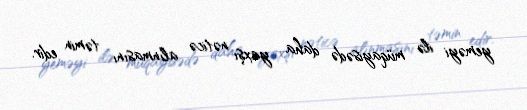
yeməyi ilə müqayisədə daha yaxşı nəticə alınmasını təmin edir.